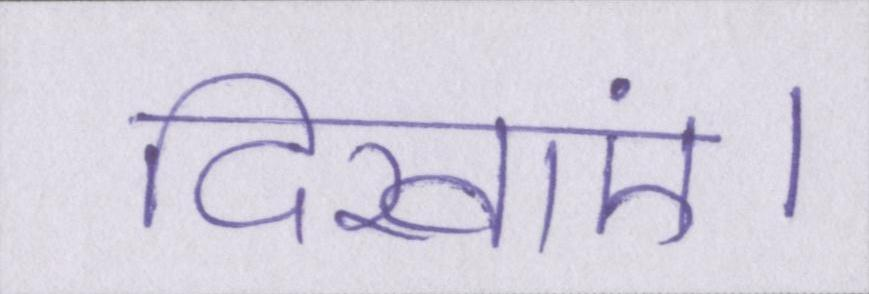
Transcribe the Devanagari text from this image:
दिखाएं।